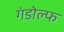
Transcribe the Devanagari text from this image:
गंडोल्फ